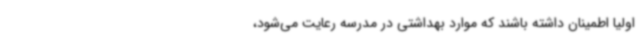
اولیا اطمینان داشته باشند که موارد بهداشتی در مدرسه رعایت می‌شود،